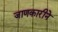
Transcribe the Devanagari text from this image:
जाणकारीने